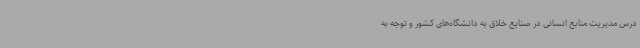
درس مدیریت منابع انسانی در صنایع خلاق به دانشگاه‌های کشور و توجه به